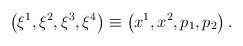
LaTeX: \begin{align*}\left( \xi ^{1},\xi ^{2},\xi ^{3},\xi ^{4}\right) \equiv \left(x^{1},x^{2},p_{1},p_{2}\right) . \end{align*}